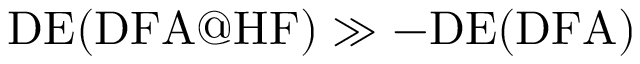
\mathrm { D E ( D F A @ H F ) } \gg - \mathrm { D E ( D F A ) }